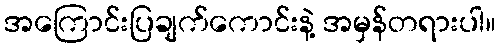
အကြောင်းပြချက်ကောင်းနဲ့ အမှန်တရားပါ။